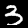
Digit: 3